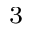
^ 3